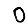
Digit: 0